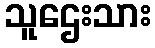
သူဌေးသား